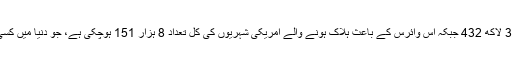
امریکہ میں کرونا وائرس سے متاثر ہونے والے کل مریضوں کی تعداد اس وقت 3 لاکھ 432 جبکہ اس وائرس کے باعث ہلاک ہونے والے امریکی شہریوں کی کل تعداد 8 ہزار 151 ہوچکی ہے، جو دنیا میں کسی بھی ملک کے اندر موجود کرونا وائرس کے مریضوں کی تعداد سے زیادہ ہے۔